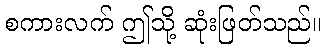
စကားလက် ဤသို့ ဆုံးဖြတ်သည်။